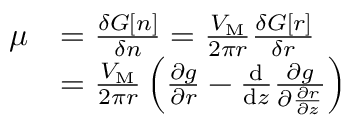
\begin{array} { r l } { \mu } & { = \frac { \delta G [ n ] } { \delta n } = \frac { V _ { \mathrm { M } } } { 2 \pi r } \frac { \delta G [ r ] } { \delta r } } \\ & { = \frac { V _ { \mathrm { M } } } { 2 \pi r } \left( \frac { \partial g } { \partial r } - \frac { \mathrm { d } } { \mathrm { d } z } \frac { \partial g } { \partial \frac { \partial r } { \partial z } } \right) } \end{array}